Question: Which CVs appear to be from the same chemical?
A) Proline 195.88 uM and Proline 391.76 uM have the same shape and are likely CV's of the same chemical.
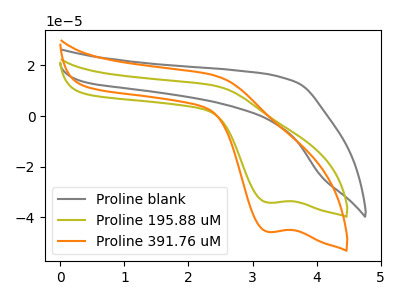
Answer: <think>The gray curve "Proline blank" has no peaks. The olive curve "Proline 195.88 uM" has a cathodic peak at: (3.25V, -34.15uA). The orange curve "Proline 391.76 uM" has a cathodic peak at: (3.25V, -45.70uA).
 "Proline blank" and "Proline 195.88 uM" have a different number of peaks. "Proline blank" and "Proline 391.76 uM" have a different number of peaks. All the peaks in "Proline 195.88 uM" have a peak in "Proline 391.76 uM" at the same potential. Every peak in "Proline 195.88 uM" is lower than every peak in "Proline 391.76 uM".</think>
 <answer>A) "Proline 195.88 uM" and "Proline 391.76 uM" have the same shape and are likely CV's of the same chemical.</answer>
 <eval>A</eval>